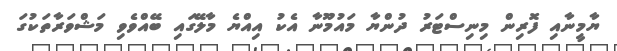
ޔާމީނާއި ފޮރިން މިނިސްޓަރު ދުންޔާ މައުމޫނާ އެކު އިއްޔެ މާލޭގައި ބޭއްވެވި މަޝްވަރާތަކުގަ